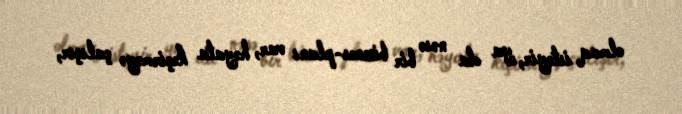
olmaq istəyir, ya da nəsə bir biznes-planı var, həyata keçirməyə çalışır,